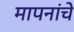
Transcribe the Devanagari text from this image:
मापनांचे